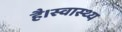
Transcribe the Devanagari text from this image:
है।स्वास्थ्य